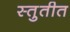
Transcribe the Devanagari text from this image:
स्तुतीत